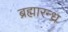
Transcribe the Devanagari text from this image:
ब्रह्मारन्ध्र